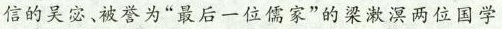
信的吴宓、被誉为“最后一位儒家”的梁漱溟两位国学